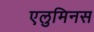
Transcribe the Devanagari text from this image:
एलुमिनस